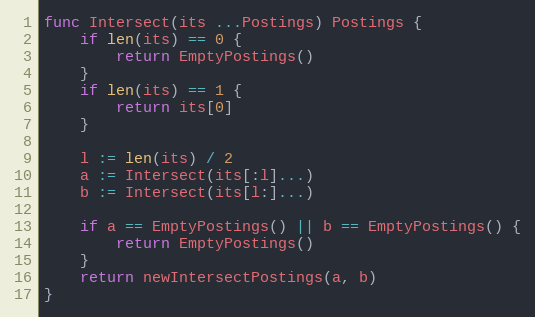
Language: Go
func Intersect(its ...Postings) Postings {
	if len(its) == 0 {
		return EmptyPostings()
	}
	if len(its) == 1 {
		return its[0]
	}

	l := len(its) / 2
	a := Intersect(its[:l]...)
	b := Intersect(its[l:]...)

	if a == EmptyPostings() || b == EmptyPostings() {
		return EmptyPostings()
	}
	return newIntersectPostings(a, b)
}